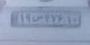
۱۹س۴۷۶۱۰